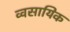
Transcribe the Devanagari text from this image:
व्वसायिक